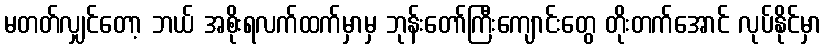
မတတ်လျှင်တော့ ဘယ် အစိုးရလက်ထက်မှာမှ ဘုန်းတော်ကြီးကျောင်းတွေ တိုးတက်အောင် လုပ်နိုင်မှာ